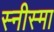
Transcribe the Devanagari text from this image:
स्नीस्मा